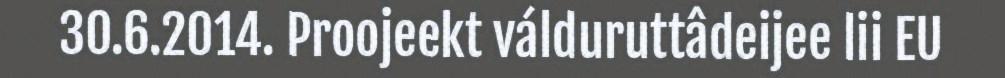
30.6.2014. Proojeekt válduruttâdeijee lii EU